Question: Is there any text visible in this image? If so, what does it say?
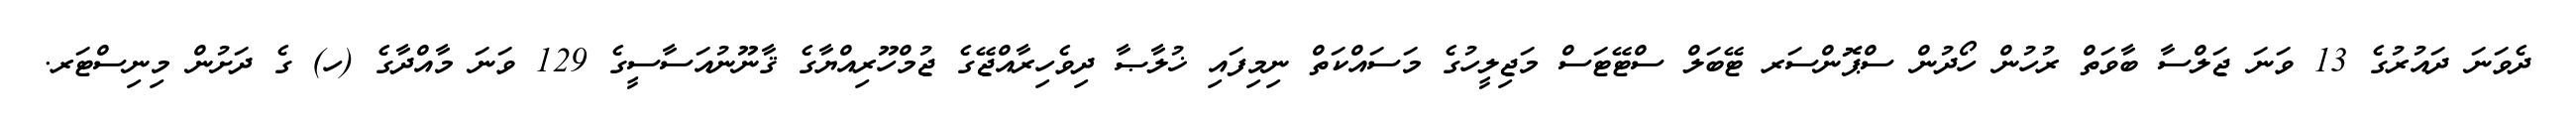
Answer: ދެވަނަ ދައުރުގެ 13 ވަނަ ޖަލްސާ ބާވަތް ރުހުން ހޯދުން ސްޕޮންސަރ ޓޭބަލް ސްޓޭޓަސް މަޖިލީހުގެ މަސައްކަތް ނިމިފައި ޚުލާޞާ ދިވެހިރާއްޖޭގެ ޖުމްހޫރިއްޔާގެ ޤާނޫނުއަސާސީގެ 129 ވަނަ މާއްދާގެ (ހ) ގެ ދަށުން މިނިސްޓަރ.